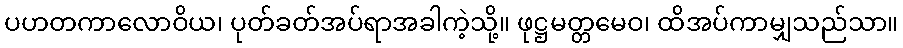
ပဟတကာလောဝိယ၊ ပုတ်ခတ်အပ်ရာအခါကဲ့သို့။ ဖုဋ္ဌမတ္တမေဝ၊ ထိအပ်ကာမျှသည်သာ။